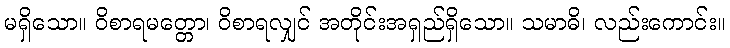
မရှိသော။ ဝိစာရမတ္တော၊ ဝိစာရလျှင် အတိုင်းအရှည်ရှိသော။ သမာဓိ၊ လည်းကောင်း။